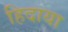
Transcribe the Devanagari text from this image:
हिदाया